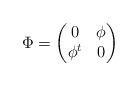
LaTeX: \begin{align*}\Phi =\begin{pmatrix} 0 & \phi \\ \phi^t & 0 \end{pmatrix}\end{align*}